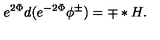
e ^ { 2 \Phi } d ( e ^ { - 2 \Phi } \phi ^ { \pm } ) = \mp * H .